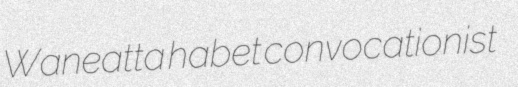
Waneatta habet convocationist